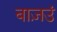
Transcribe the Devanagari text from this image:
बाज़उं